Report of the Hyderabad Chloroform Commission
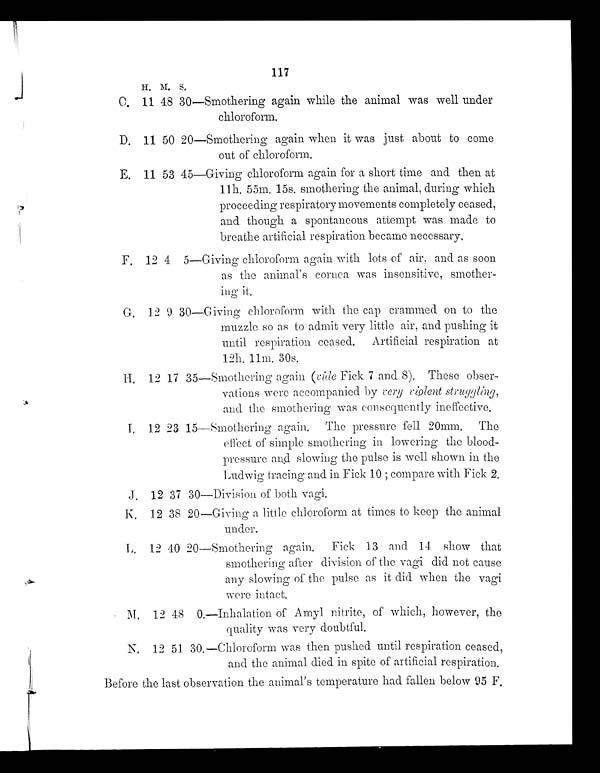
117
H. M. S.
C. 11 48
3 0
—Smothering again while the animal was well under
chloroform.
D. 11 50
2 0
—Smothering again when it was just about to come
out of chloroform.
E. 11 53
4 5
—Giving chloroform again for a short time and then at
11h. 55m. 15s. smothering the animal, during which
proceeding respiratory movements completely ceased,
and though a spontaneous attempt was made to
breathe artificial respiration became necessary.
F. 12 4
5
—Giving chloroform again with lots of air, and as soon
as the animal's cornea was insensitive, smother-
ing it.
G. 12 9
3 0
—Giving chloroform with the cap crammed on to the
muzzle so as to admit very little air, and pushing it
until respiration ceased. Artificial respiration at
12h. 11m. 30s.
H. 12 17
3 5
—Smothering again (vide Fick 7 and 8).These obser-
vations were accompanied by very violent struggling,
and the smothering was consequently ineffective.
I . 12 23
1 5
—Smothering again. The pressure fell 20mm. The
effect of simple smothering in lowering the blood-
pressure and slowing the pulse is well shown in the
Ludwig tracing and in Fick 10; compare with Fick 2.
J.
12 37
3 0
—Division of both vagi.
K.
12 38
2 0
—Giving a little chloroform at times to keep the animal
under.
L. 12 40
2 0
—Smothering again. Fick 13 and 14 show that
smothering after division of the vagi did not cause
any slowing of the pulse as it did when the vagi
were intact.
M.
12 48
0 . —Inhalation of Amyl nitrite, of which, however, the
quality was very doubtful.
N. 12 51
3 0 . —Chloroform was then pushed until respiration ceased,
and the animal died in spite of artificial respiration.
Before the last observation the animal's temperature had fallen below 95 F.